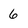
Character: 6